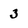
Character: 3